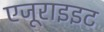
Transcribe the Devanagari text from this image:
एजूराइइट